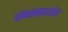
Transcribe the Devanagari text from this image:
गोवत्सद्वादशीस